Leaving Certificate Examination (including Day School Certificate (Higher) General paper), 1935
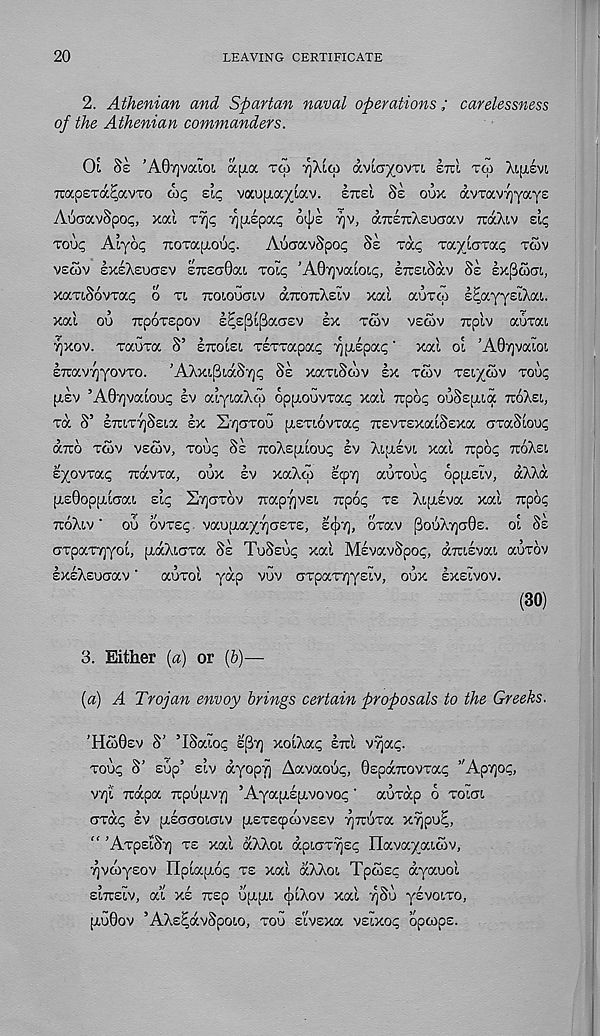
20
LEAVING CERTIFICATE
2. Athenian and Spartan naval operations; carelessness
of the Athenian commanders.
Ol 8z ’AOrjvaioi ajia TM
avca/ovT!. ETCL TCO XIJXSVI
TrapETa^avTo cop sir vaufj.a/iav. ITTS'L SS OUK avrav^yayE
AucravSpop, xal Tvjp ^[repap o^e rjv, KTCETCXEUCTOCV TCOCXIV sip
roup Aiyop ruOTaiTOup.
AuaavSpop 8s rap Tv.yioTv.c, rcov
VSGOV SXSXSUCTSV STrsaOa!. Toip 'AQyvaioip, sTisiSav 8s sxfjoxj!,,
xocTiSovvap o TI TCOIOUCTIV aTTOTtXsiv xal auTcp s^ayysiXai.
xod ou Trporspov s^spijBaCTsv sx TCOV VSCOV izpiv auTai
yjxov. xaura 8’ STTOISI, TSTxapap ypipap ’ xal o'i ’AQijvaioi
ETravyjyovTo. WXxiSiaSyjp 8s xariScov sx TCOV TSI/OOV roup
[TSV ’AOvjvaioup sv aiyiaXco opptouvTap xai Tipop ouSspua TTOXEL,
m S’ STUT7]8sia sx SyaTou piSTiovTap TTSvrsxaiSsxa axaSioup
aTto TCOV vscov, Toup 8s TcoXspiioup sv Xipisvi xal Tupop TXOXSE.
syovTap TravTa, oux sv xaXco scpv] auToup oppisiv, aXXa
[TsOoppilcia!, sip Syarov Trap7]vsi rcpop TS Xipisva xai Ttpop
TXOXIV ‘ ou ovTsp vauiTay/cjasTS,
oxav ;3ouX-/ja6s. oi 8s
aTpaT7]yoi, piaXioTa 8s TuSsup xal MsvavSpop, aixisvai auxov
sxsXsucrav ’ auxol yap vuv GTpar/jysiv, oux sxsivov.
(30)
3. Either (a) or (6)—
(a) A Trojan envoy brings certain proposals to the Greeks.
’HcoSsv S' ’ISaiop ’i r fr\ xoiXap STXI v^ap.
Toup S’ sup’ siv ayoprj Aavaoup, QspaTXOVTap ’'Apvjop,
V7]i Trapa TxpupiVY] ’Ayapisixvovop ‘ auxap o TOIGI
GTap SV piSGGOlGlV piSTSqjCOVSSV TjTXUTa x^pu^,
“ ’ATpslSv] TS xal aXXoi apiGT^sp Havayaicov,
Tjvcoysov Hpiapiop TS xal aXXoi Tpcosp ayauol
siTXSiv, ai xs 7tsp ujiui (jjlXov xal ySu ysvoiTO,
piuOov ’AXspdvSpoio, TOU sivsxa vsixop opcops.